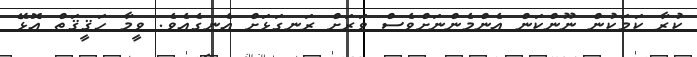
ކުރާ ކަމަކުން ނޫންކަން އެންމެންނަށްވެސް ވަރަށް ރަނގަޅަށް އެނގެއެވެ. ވީމާ ހަޤީޤަތް އޮޅޭ